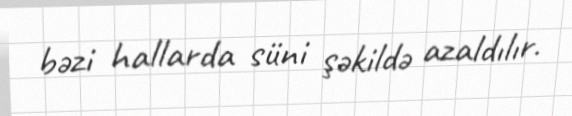
bəzi hallarda süni şəkildə azaldılır.